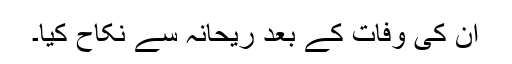
ان کی وفات کے بعد ریحانہ سے نکاح کیا۔